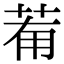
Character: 𦯞